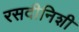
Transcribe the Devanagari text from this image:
रसदीनिशी